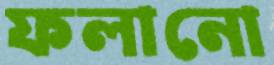
ফলানো